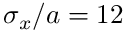
\sigma _ { x } / a = 1 2